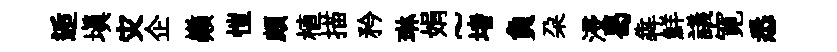
逅填灾企巔愷頗植描矜琳娟~堵負朶浸曷犇鮮議寛悉